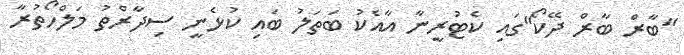
"ބާރް ބާރް ދޭކޯ"ގައި ކެޓުރީނާ އާއެކު ބަތަލު ބައި ކުޅެނީ ސިދާރްތު މަލްހޯތުރާ